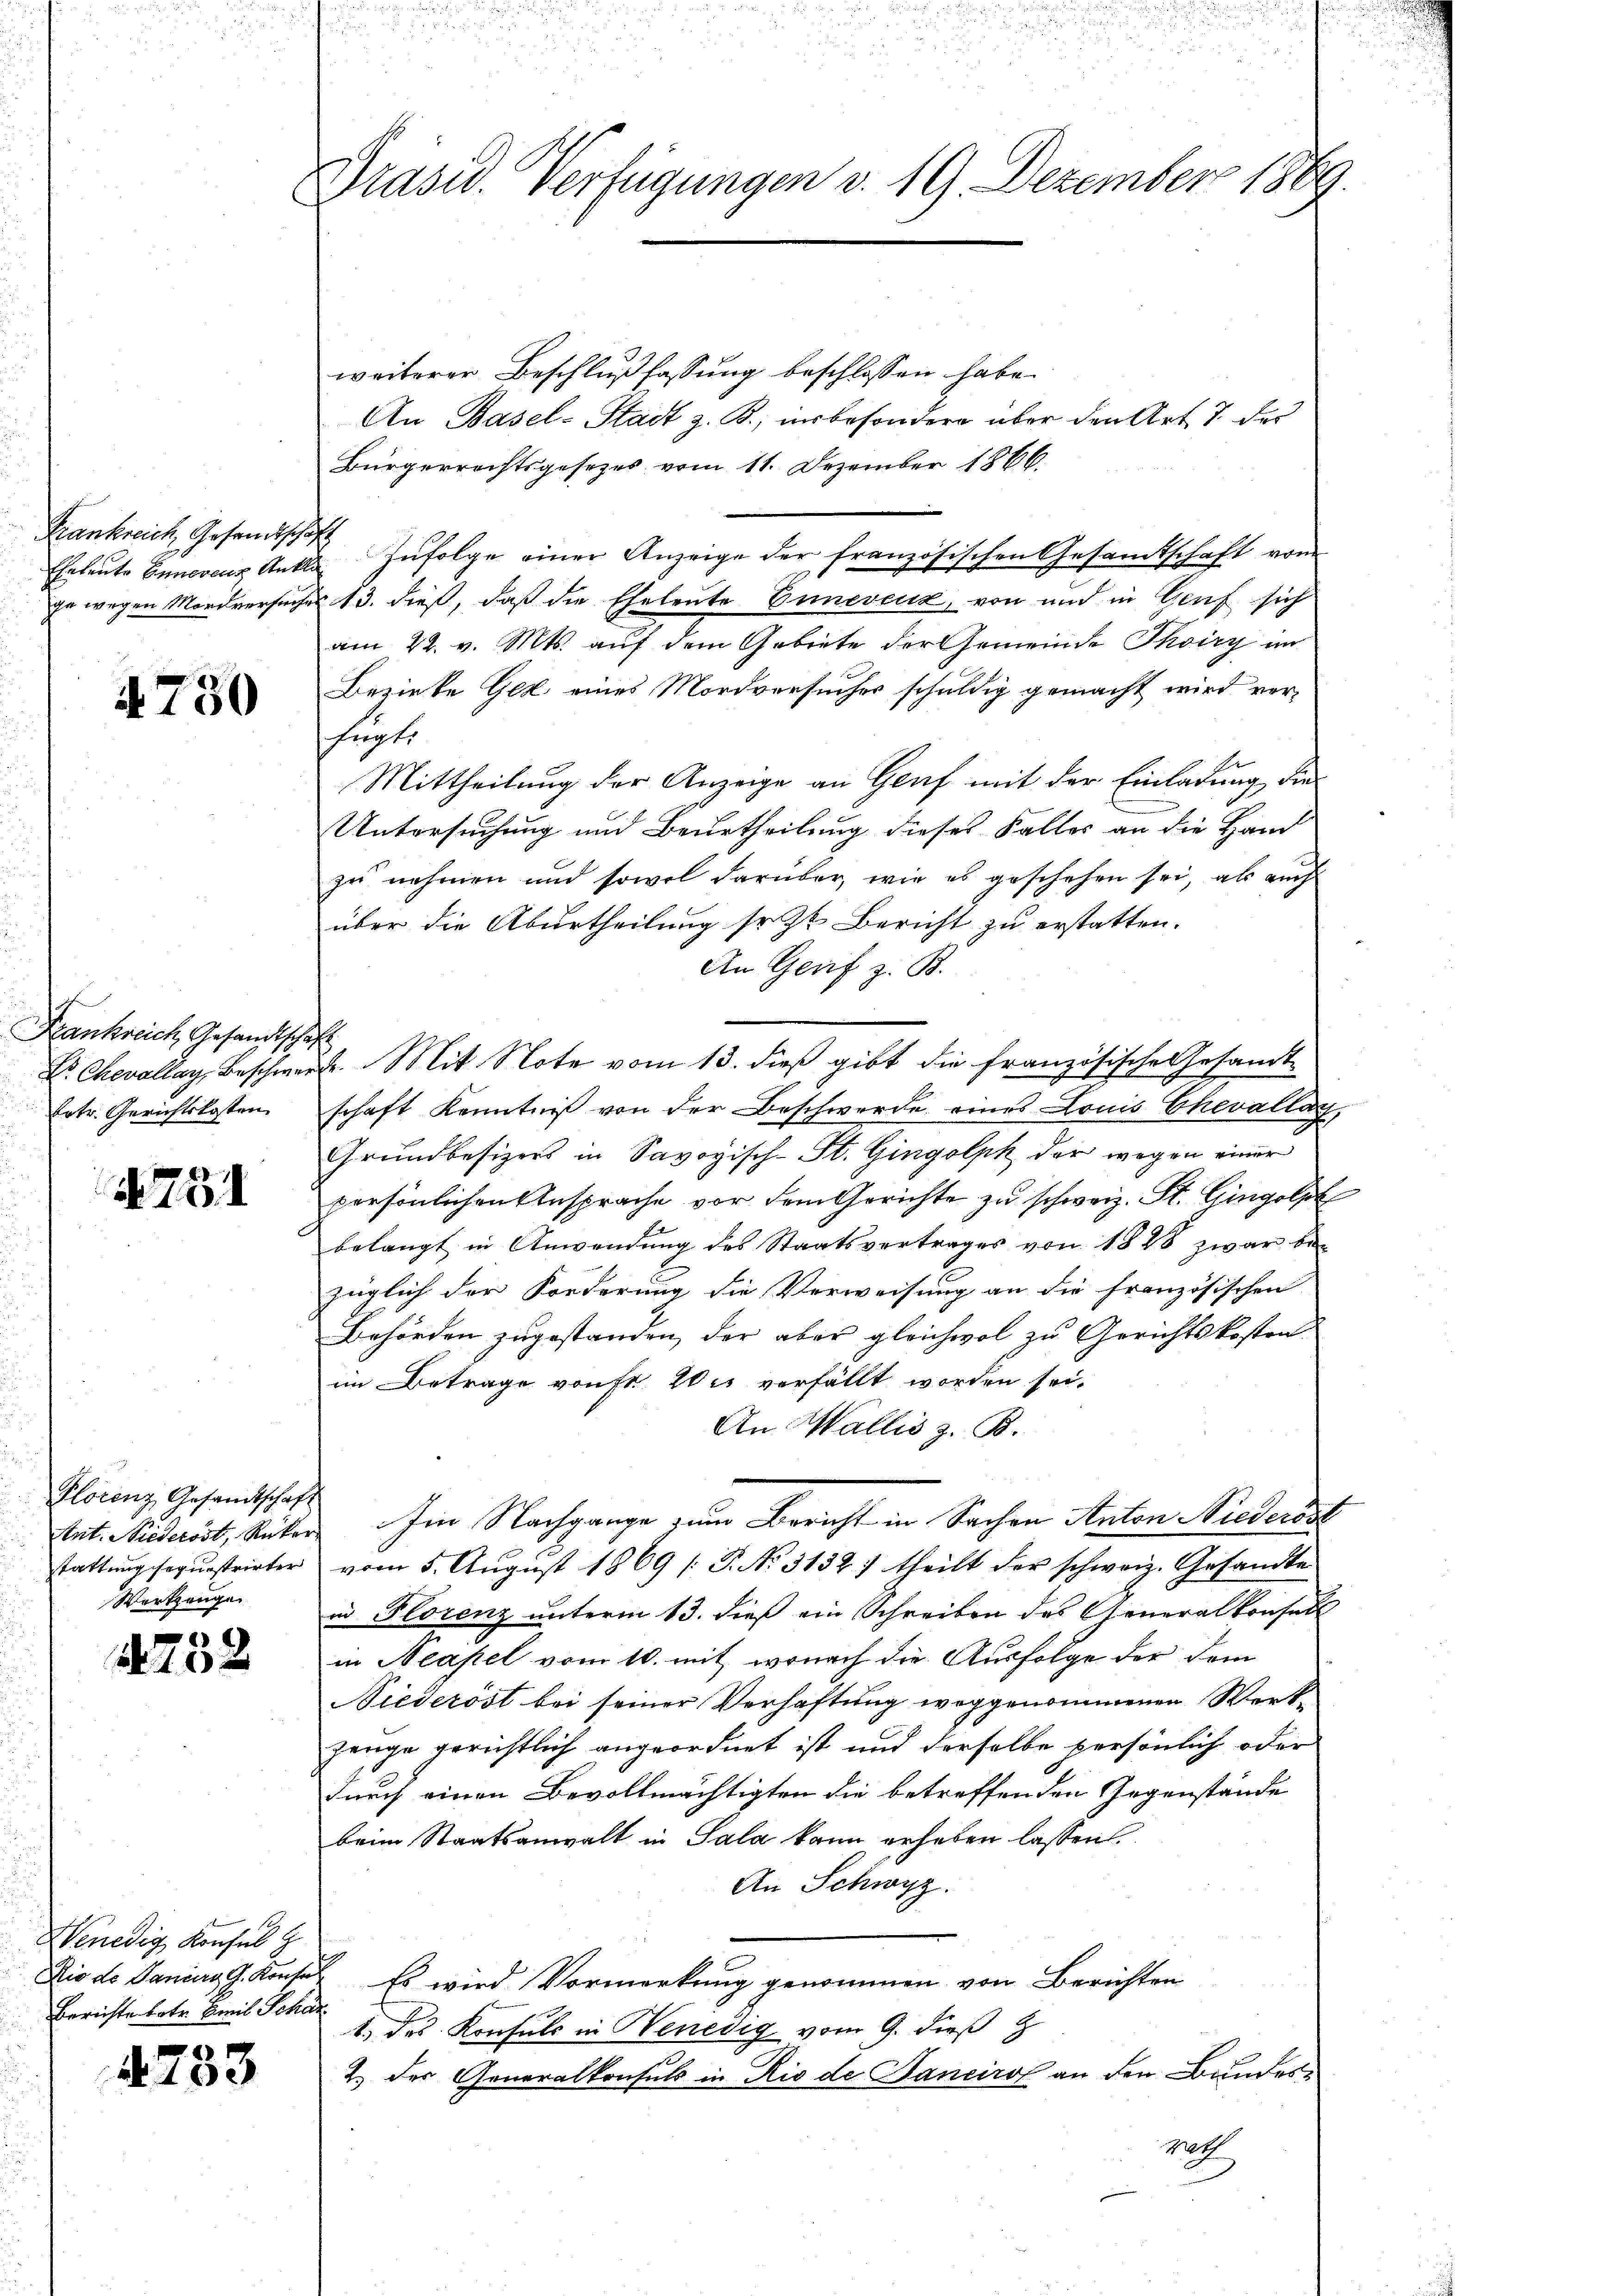
Frankreich, Gesandtschaft

4730

Frankreich Gesandtschaft
Letr. Gerichtskosten

N 73

Plocenz Gesandtschaft
Wortzeuge

a 12 x

Henedig Konsul
Berichte betr. Emil Schar

s
a 100

Präsid. Verfügungen v. 19. Dezember 1889.

weiterer Beschlußfassung beschlossen habe.
An Basel-Stadt z. B., insbesondere über den Art. 7 der
Bürgerrechtsgesezes vom 11. Dezember 1866.
Eheleute Enneveus Ankla Zŭfolge einer Anzeige der französischen Gesandtschaft vom
ze wegen Mordversuches 13. dieß, daß die Eheleute Enneveux, von und in Graf sich
am 22. v. Mts. auf dem Gebiete der Gemeinde Thoiry im
Bezirke Gez eines Mordversucher schuldig gemacht wird verfugte
Mittheilung der Anzeige an Genf mit der Einladung, die
Untersuchung und Beurtheilung dieses Falles an die Hand
zu nehmen und sowol darüber, wie es geschehen sei, als auch
über die Aburtheilung setzt Bericht zu erstatten.
An Genf z. B.
Dr. Chevallay, Beschwerde. Mit Note vom 13. dieß gibt die französische Gesamt-
schaft Kenntniß von der Beschwerde eines Louis Chevallag,
Grundbesizers in Savoyisch-St. Gingolpk der wegen einer
persönlichen Ansprache vor dem Gerichte zu schweiz. St. Gingolpl
belangt in Anwendung des Staatsvertrages von 1848 zwar be-
züglich der Forderung die Verweisung an die französischen
Behörden zugestanden, der aber gleichwol zu Gerichtskosten
im Betrage vonst. Wir verfällt worden sei.
An Wallis z. B.
tnt. Niederöst, Rucker. Im Nachgange zum Bericht in Sachen Anton Niederöst
stattung sequestrirter vom 5. Aŭgust 1869 /: P. Nr. 3132) theilt der schweiz. Gesandte
in Florenz unterm 13. dieß ein Schreiben des Generalkonsell
in Neapel vom 10. mit, wonach die Ausfolge der dem
Viederöst bei seiner Verhaftung weggenommenen Werk-
Zeuge gerichtlich angeordnet ist und derselbe persönlich oder
durch einen Bevollmächtigten die betreffenden Gegenstände
beim Staatsanwalt in Sala kann erheben lassen
An Schwyz.
Rio de Daniar G. Konsul Es wird Vormerkung genommen von Berichten
1. des Konsuls in Benedig vom 9. dieß z
2.) Der Generalkonsuls in Rio de Tancirol an den Bundes¬
Moth